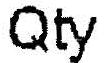
QTY